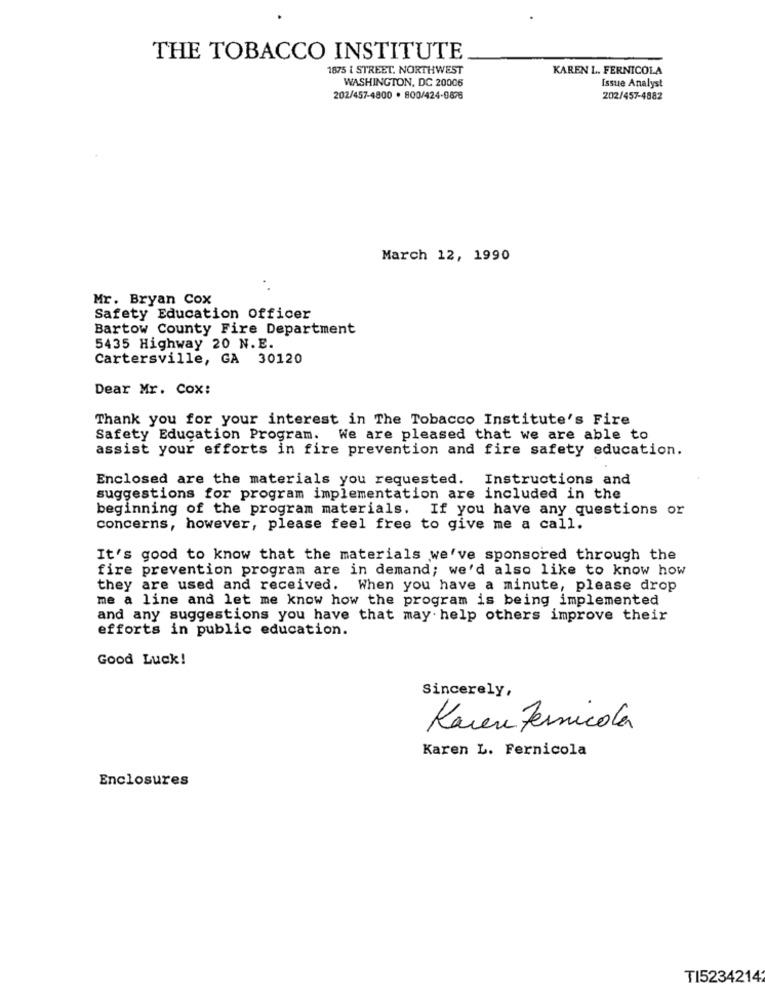
THE TOBACCO INSTITUTE
1875 { STREET. NORTHWEST
KAREN L. FERNICOLA
WASHINGTON, DC 20006
Issue Analyst
202/457-4800 . 800/424-0876
202/457-4882
March 12, 1990
Mr. Bryan Cox
Safety Education Officer
Bartow County Fire Department
5435 Highway 20 N.E.
Cartersville, GA 30120
Dear Mr. Cox:
Thank you for your interest in The Tobacco Institute's Fire
Safety Education Program. We are pleased that we are able to
assist your efforts in fire prevention and fire safety education.
Enclosed are the materials you requested. Instructions and
suggestions for program implementation are included in the
beginning of the program materials. If you have any questions or
concerns, however, please feel free to give me a call.
It's good to know that the materials we've sponsored through the
fire prevention program are in demand; we'd also like to know how
they are used and received. When you have a minute, please drop
me a line and let me know how the program is being implemented
and any suggestions you have that may help others improve their
efforts in public education.
Good Luck!
Sincerely,
Karen Fermicola
Karen L. Fernicola
Enclosures
TI5234214